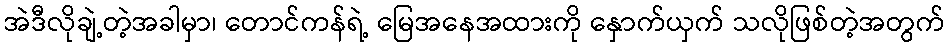
အဲဒီလိုချဲ့တဲ့အခါမှာ၊ တောင်ကန်ရဲ့ မြေအနေအထားကို နှောက်ယှက် သလိုဖြစ်တဲ့အတွက်